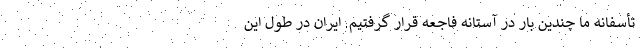
تأسفانه ما چندین بار در آستانه فاجعه قرار گرفتیم. ایران در طول این